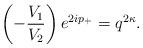
LaTeX: \begin{align*}\left( -\frac{V_1}{V_2}\right) e^{2ip_+}=q^{2\kappa}.\end{align*}